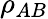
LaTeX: \rho_{AB}